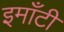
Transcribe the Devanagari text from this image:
इमाँटी